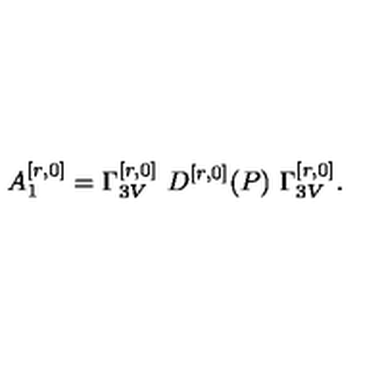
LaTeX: A _ { 1 } ^ { [ r , 0 ] } = \Gamma _ { 3 V } ^ { [ r , 0 ] } \ D ^ { [ r , 0 ] } ( P ) \ \Gamma _ { 3 V } ^ { [ r , 0 ] } .